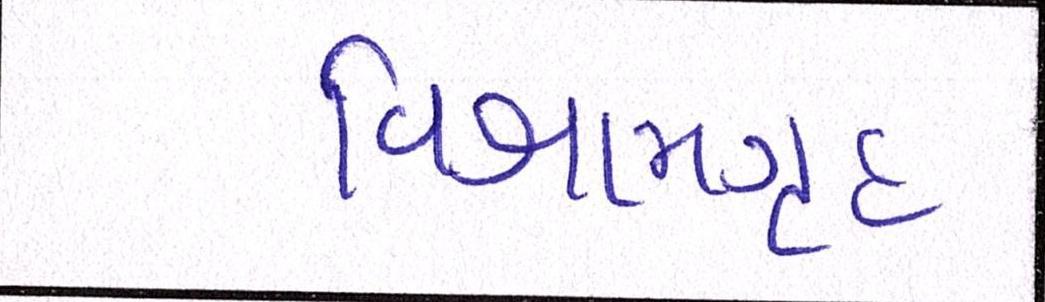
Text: વિશ્રામગૃહ